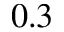
0 . 3